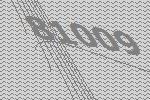
81009